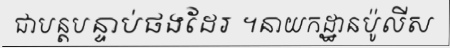
ជាបន្តបន្ទាប់ផងដែរ ។នាយកដ្ឋានប៉ូលីស